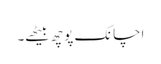
اچانک پوچھ بیٹھے۔